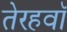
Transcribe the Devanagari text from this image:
तेरहवॉं